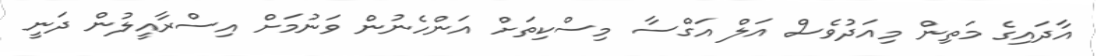
އާދައިގެ މަތިން މިއަދުވެސް އަލް އަގްސާ މިސްކިތަށް އަންހެނުން ވަނުމަށް އިސްރާއީލުން ދަނީ